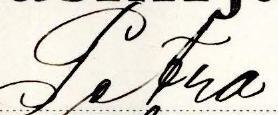
Petra